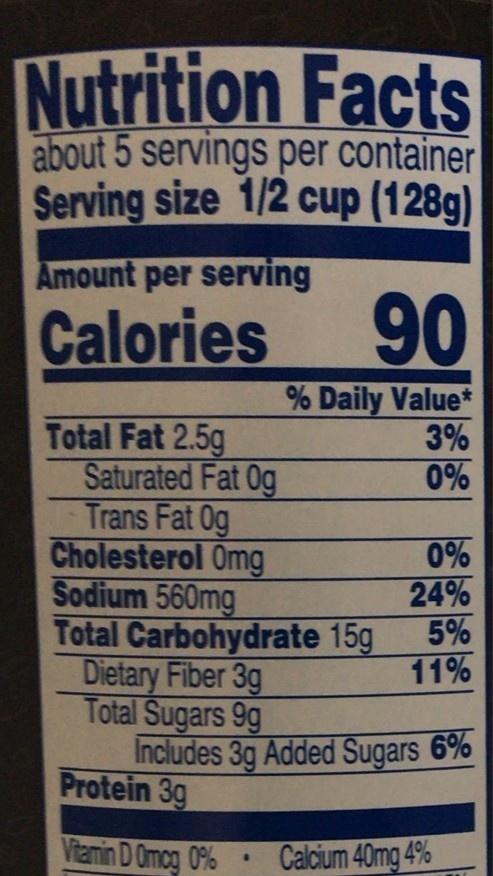
Nutrition Facts
about 5 servings per container Serving size 1/2 cup (128g)
Amount per serving
Calories
90
% Daily Value* 3% 0%
Total Fat 2.5g Saturated Fat 0g Trans Fat 0g Cholesterol Omg Sodium 560mg Total Carbohydrate 15g Dietary Fiber 3g Total Sugars 9g Includes 3g Added Sugars 6% Protein 3g
0% 24% 5% 11%
Vitamin D Omcg 0%
Calcium 40mg 4%